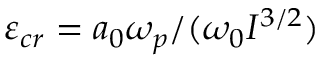
\varepsilon _ { c r } = a _ { 0 } \omega _ { p } / ( \omega _ { 0 } I ^ { 3 / 2 } )